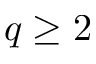
q \geq 2